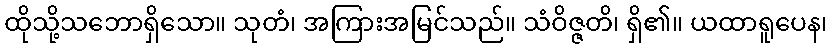
ထိုသို့သဘောရှိသော။ သုတံ၊ အကြားအမြင်သည်။ သံဝိဇ္ဇတိ၊ ရှိ၏။ ယထာရူပေန၊